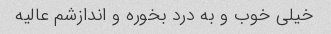
خیلی خوب و به درد بخوره و اندازشم عالیه